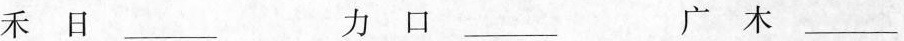
禾日___ 力口___ 广木___